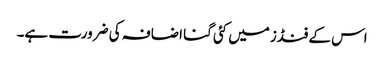
اس کے فنڈز میں کئی گنا اضافہ کی ضرورت ہے۔